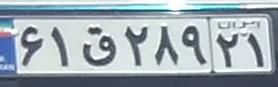
۶۱ق۲۸۹۲۱